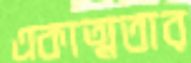
একাত্মতার